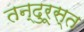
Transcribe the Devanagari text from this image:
तन्दुरूस्त